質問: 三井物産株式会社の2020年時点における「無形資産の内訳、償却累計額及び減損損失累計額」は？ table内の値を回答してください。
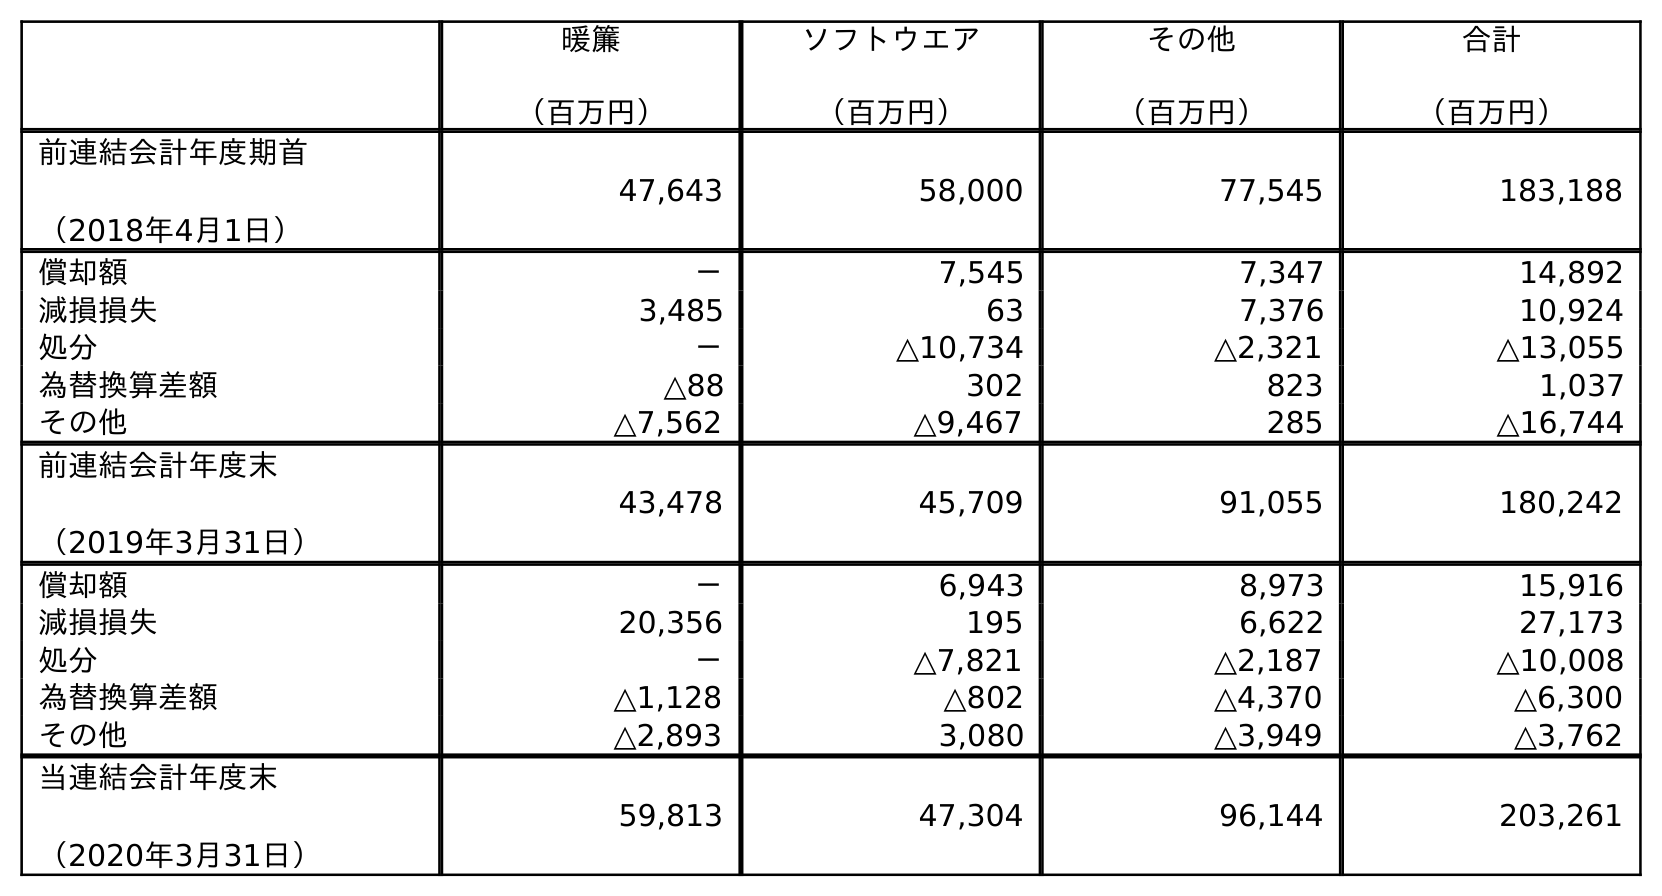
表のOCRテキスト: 暖簾 （百万円） ソフトウエア （百万円） その他 （百万円） 合計 （百万円） 前連結会計年度期首 （2018年4月1日） 47,643 58,000 77,545 183,188 償却額 － 7,545 7,347 14,892 減損損失 3,485 63 7,376 10,924 処分 － △10,734 △2,321 △13,055 為替換算差額 △88 302 823 1,037 その他 △7,562 △9,467 285 △16,744 前連結会計年度末 （2019年3月31日） 43,478 45,709 91,055 180,242 償却額 － 6,943 8,973 15,916 減損損失 20,356 195 6,622 27,173 処分 － △7,821 △2,187 △10,008 為替換算差額 △1,128 △802 △4,370 △6,300 その他 △2,893 3,080 △3,949 △3,762 当連結会計年度末 （2020年3月31日） 59,813 47,304 96,144 203,261
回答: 203,261